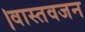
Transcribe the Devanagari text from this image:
।वास्तवजन